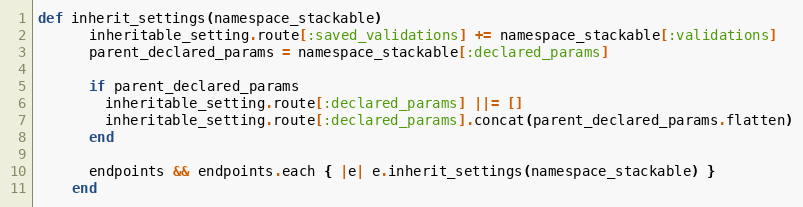
Language: Ruby
def inherit_settings(namespace_stackable)
      inheritable_setting.route[:saved_validations] += namespace_stackable[:validations]
      parent_declared_params = namespace_stackable[:declared_params]

      if parent_declared_params
        inheritable_setting.route[:declared_params] ||= []
        inheritable_setting.route[:declared_params].concat(parent_declared_params.flatten)
      end

      endpoints && endpoints.each { |e| e.inherit_settings(namespace_stackable) }
    end